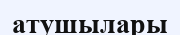
атушылары